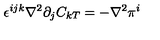
\epsilon ^ { i j k } \nabla ^ { 2 } \partial _ { j } C _ { k T } = - \nabla ^ { 2 } \pi ^ { i }